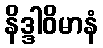
နိဒ္ဒါဝိမာနံ